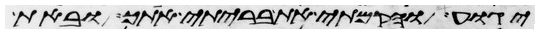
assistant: יגוע והקמתי את בריתי אתך ובאת